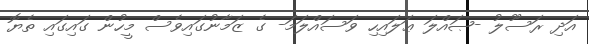
އަދި ރަސޫލު -ޞައްލަ ޢަލައިހި ވަސައްލަމަ- ގެ ޒަމާނުގައިވެސް މީހުން ގައިގައި ތެޔޮ